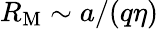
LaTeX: R_{\mathrm{M}}\sim a/(q\eta)